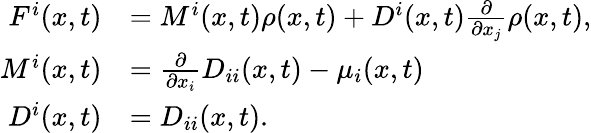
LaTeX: \begin{array}{rl}{F^{i}(x,t)}&{=M^{i}(x,t)\rho(x,t)+D^{i}(x,t)\frac{\partial}{\partial x_{j}}\rho(x,t),}\\ {M^{i}(x,t)}&{=\frac{\partial}{\partial x_{i}}D_{ii}(x,t)-\mu_{i}(x,t)}\\ {D^{i}(x,t)}&{=D_{ii}(x,t).}\end{array}